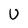
Character: U